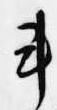
車